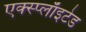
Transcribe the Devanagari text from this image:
एक्स्प्लाॅइटेड